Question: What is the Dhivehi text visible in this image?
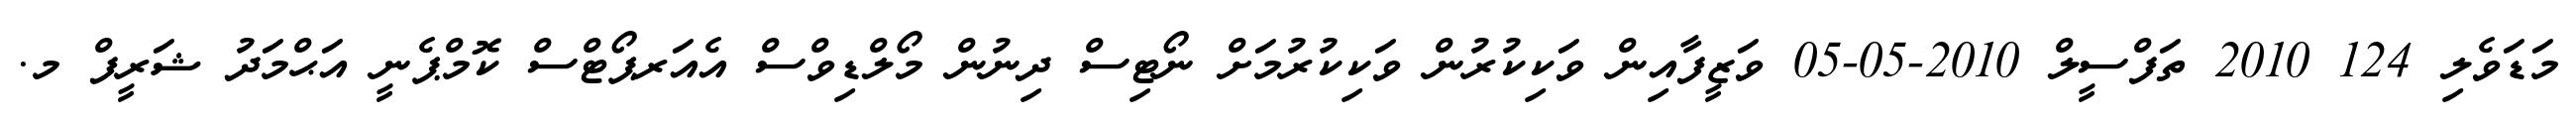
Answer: މަޑަވެލި 124 2010 ތަފްސީލް 2010-05-05 ވަޒީފާއިން ވަކިކުރުން ވަކިކުރުމަށް ނޯޓިސް ދިނުން މޯލްޑިވްސް އެއަރޕޯޓްސް ކޮމްޕެނީ އަޙްމަދު ޝަރީފް މ.